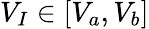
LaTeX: V_{I}\in[V_{a},V_{b}]